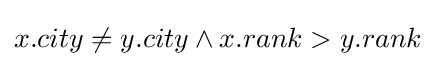
x.city\neq y.city\land x.rank>y.rank